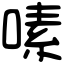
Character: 嗉